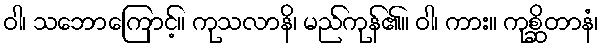
ဝါ၊ သဘောကြောင့်။ ကုသလာနိ၊ မည်ကုန်၏။ ဝါ၊ ကား။ ကုစ္ဆိတာနံ၊